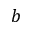
b